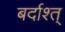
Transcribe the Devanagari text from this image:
बर्दाश्त्